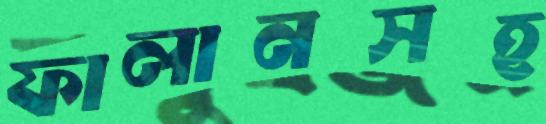
ফালানসহ